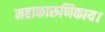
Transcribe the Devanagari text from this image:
महाकारुणिकाय।